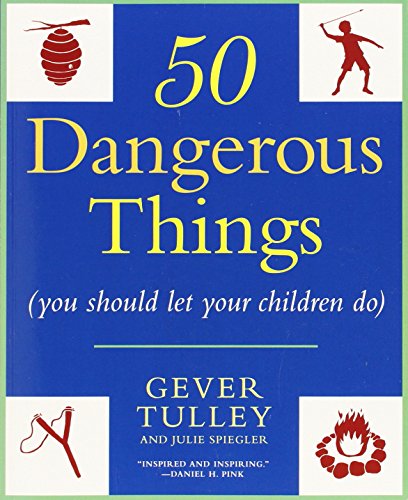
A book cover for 50 Dangerous Things (You Should Let Your Children Do); Gever Tulley; Parenting & Relationships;